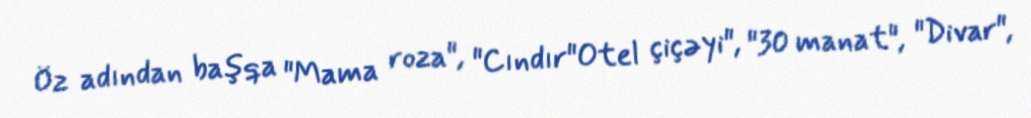
Öz adından başqa "Mama roza", "Cındır"Otel çiçəyi", "30 manat", "Divar",